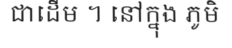
ជាដើម ។ នៅក្នុង ភូមិ